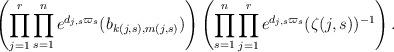
LaTeX: \begin{align*}\left(\prod_{j=1}^r \prod_{s=1}^n e^{d_{j,s} \varpi_s}(b_{k(j,s), m(j,s)}) \right)\left( \prod_{s=1}^n \prod_{j=1}^r e^{d_{j,s} \varpi_s} (\zeta(j,s))^{-1} \right).\end{align*}